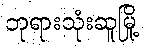
ဘုရားသုံးဆူမြို့